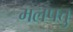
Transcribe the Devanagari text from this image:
मलपत्तु